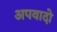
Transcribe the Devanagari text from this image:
अपवादो